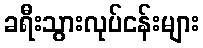
ခရီးသွားလုပ်ငန်းများ